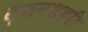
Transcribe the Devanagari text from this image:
सृजनशक्ति